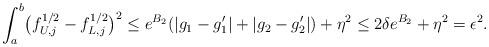
LaTeX: \begin{align*}\int_a^b \bigl(f_{U, j}^{1/2} - f_{L, j}^{1/2}\bigr)^2 \leq e^{B_2} (|g_1 - g_1'| + |g_2 - g_2'|) + \eta^2 \leq 2 \delta e^{B_2} + \eta^2 =\epsilon^2. \end{align*}